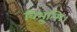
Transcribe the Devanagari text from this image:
विभुन्मि।